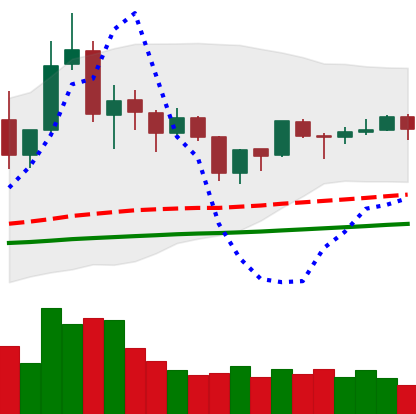
Ticker: TRX-USD
Chart end date: 2019-06-18
Forward return: 12.85%
Label: up_7plus